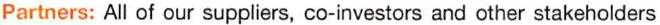
Partners: All of our suppliers, co-investors and other stakeholders